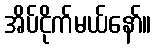
အိပ်ငိုက်မယ်နော်။